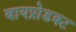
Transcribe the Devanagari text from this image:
बायप्रोडक्ट